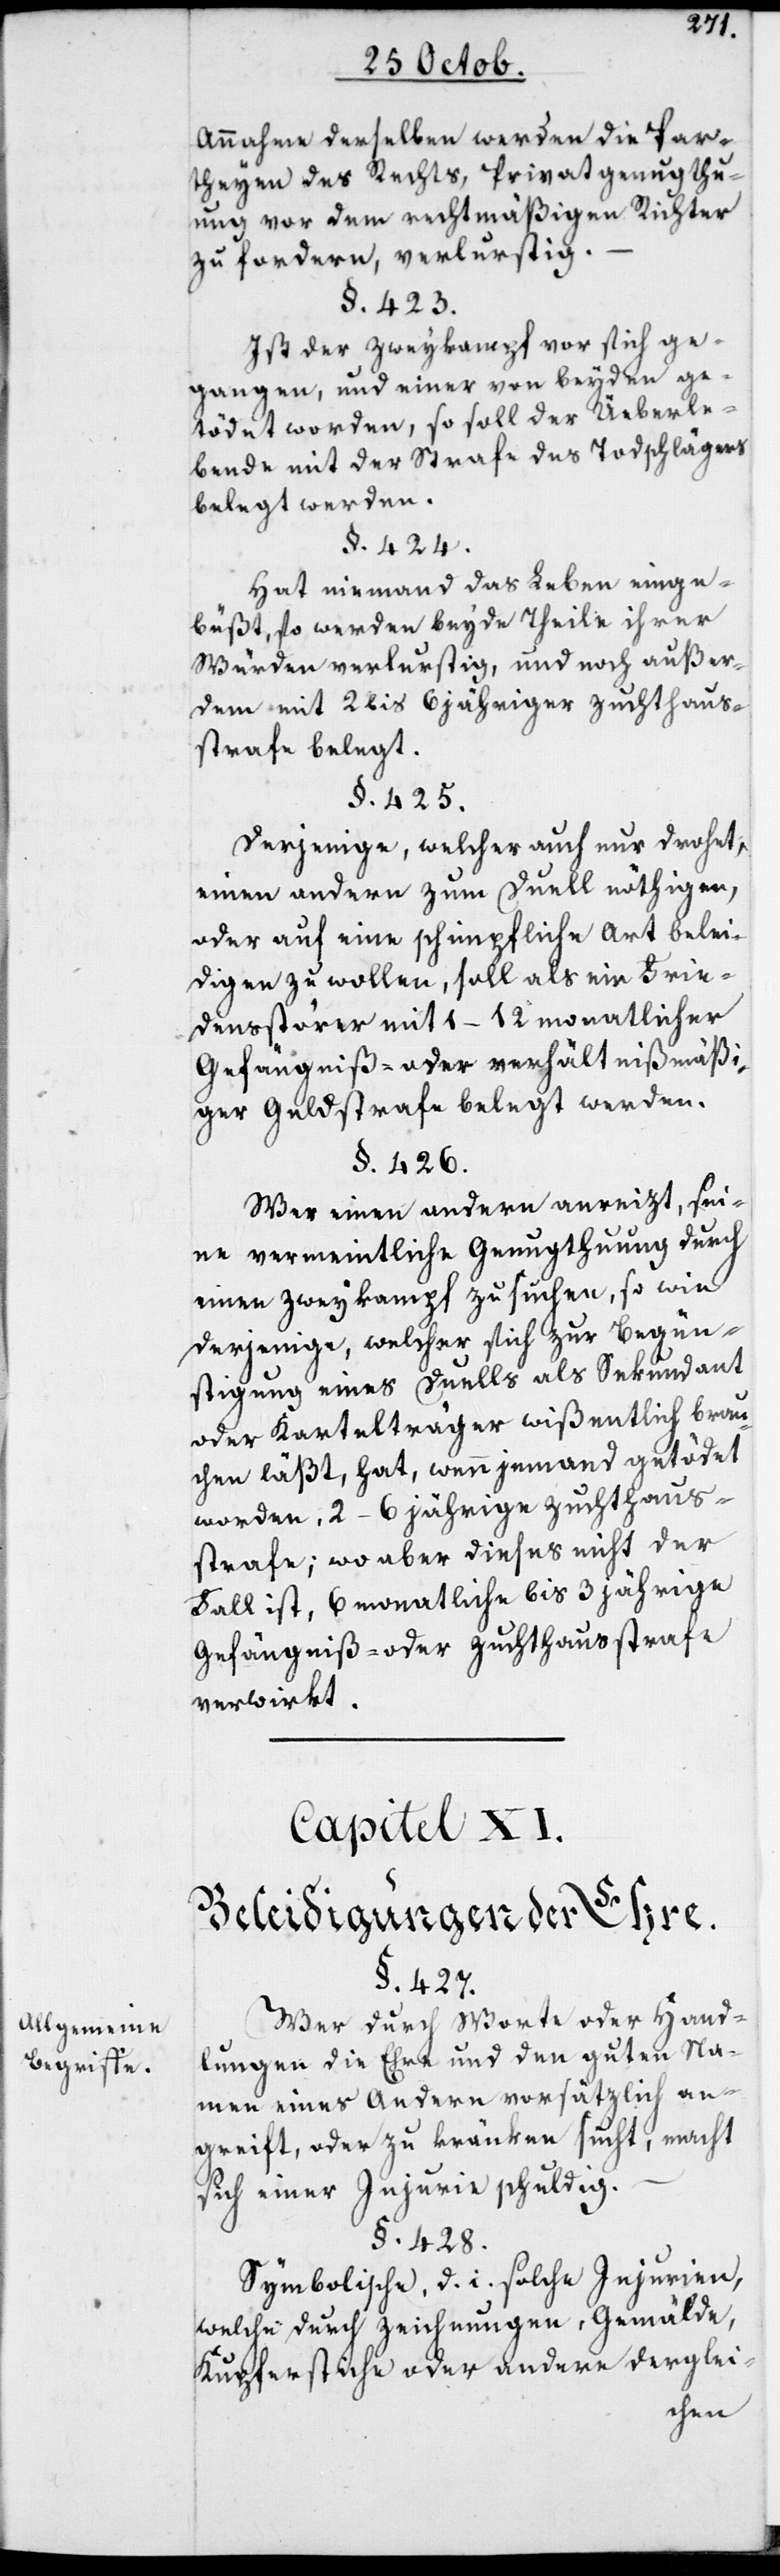
Allgemeine
Begriffe.

Annahme deßelben, werden die Par¬
theyen des Rechts, Privatgenugthu¬
ung vor dem rechtmäßigen Richter
zu fordern, verlustig.
§. 423.
Ist der Zweykampf vor sich ge¬
gangen, und einer von beyden ge¬
tödet worden, so soll der Ueberle¬
bende mit der Strafe des Todschlägers
belegt werden.
§. 424.
Hat niemand das Leben einge¬
büßt, so werden beyde Theile ihrer
Würden verlustig, und noch außer¬
dem mit 2 bis 6 jähriger Zuchthaus¬
strafe belegt.
§. 425.
Derjenige, welcher auch nur droht,
einen andern zum Duell nöthigen,
oder auf eine schimpfliche Art belei¬
digen zu wollen, soll als ein Frie¬
densstörer mit 1–12 monatlicher
Gefängniß- oder verhältnißmäßi¬
ger Geldstrafe belegt werden.
§. 426.
Wer einen andern anreizt, sei¬
ne vermeintliche Genugtuung durch
einen Zweykampf zu suchen, sowie
derjenige, welcher sich zur Begün¬
stigung eines Duells als Sekundant
oder Kartelträger wißentlich brau¬
chen läßt, hat, wenn jemand getödet
worden, 2–6 jährige Zuchthaus¬
strafe; wo aber dieses nicht der
Fall ist, 6 monatliche bis 3 jährige
Gefängniß- oder Zuchthausstrafe
verwirkt.
Capitel XI.
Beleidigungen der Ehre.
§. 427.
Wer durch Worte oder Hand¬
lungen die Ehre und den guten Na¬
men eines Andern vorsätzlich an¬
greift oder zu kränken sucht, macht
sich einer Injurie schuldig.
§. 428.
Symbolische, d. i. solche Injurien,
welche durch Zeichnungen, Gemälde,
Kupferstiche oder andere derglei-